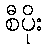
စီပိုး